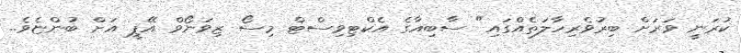
ކުރަނީ ވަރަށް ބިރުވެރިހާލަތެއްގައި" ސާބިއާގެ އެކްޓިވިސްޓް މިސޯ ޒިވަނޯވް އޭޕީ އަށް ބުންޏެވެ..